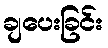
ချပေးခြင်း